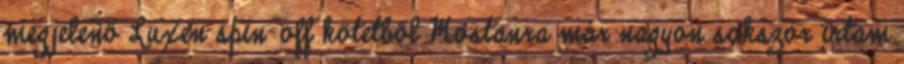
megjelenő Luxen spin-off kötetből Mostanra már nagyon sokszor írtam